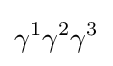
\gamma ^{1}\gamma ^{2}\gamma ^{3}